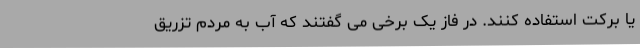
یا برکت استفاده کنند. در فاز یک برخی می گفتند که آب به مردم تزریق